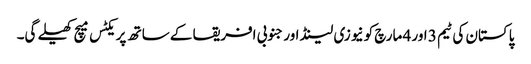
پاکستان کی ٹیم 3 اور 4 مارچ کو نیوزی لینڈ اور جنوبی افریقا کے ساتھ پریکٹس میچ کھیلے گی۔